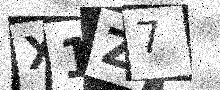
Text: X1Z7